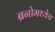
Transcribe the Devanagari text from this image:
ब्रनोमध्येच